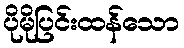
ပိုမိုပြင်းထန်သော